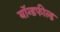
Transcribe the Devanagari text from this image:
बॉन्डफील्ड